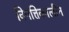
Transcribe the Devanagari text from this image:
विपत्तिकालीन